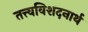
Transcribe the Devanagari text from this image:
तत्त्वविशदनार्थ